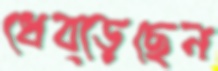
ধেব্‌ড়েছেন